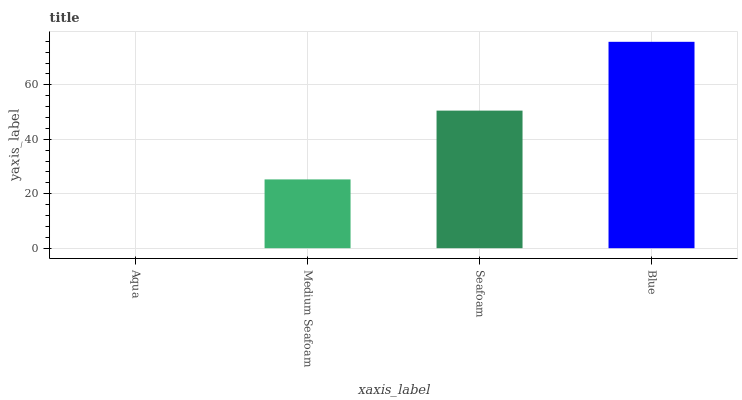
| xaxis_label | bars |
 | --- | --- |
 | Aqua | 0 |
 | Medium Seafoam | 25.3 |
 | Seafoam | 50.5 |
 | Blue | 75.8 |